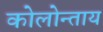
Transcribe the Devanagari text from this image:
कोलोन्ताय